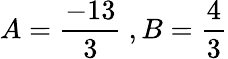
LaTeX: A={\frac{-13}{3}}\ ,B={\frac{4}{3}}